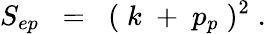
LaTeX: S_{ep}\; \; =\; \; (\; k\; +\; p_{p}\; )^{2}\; .